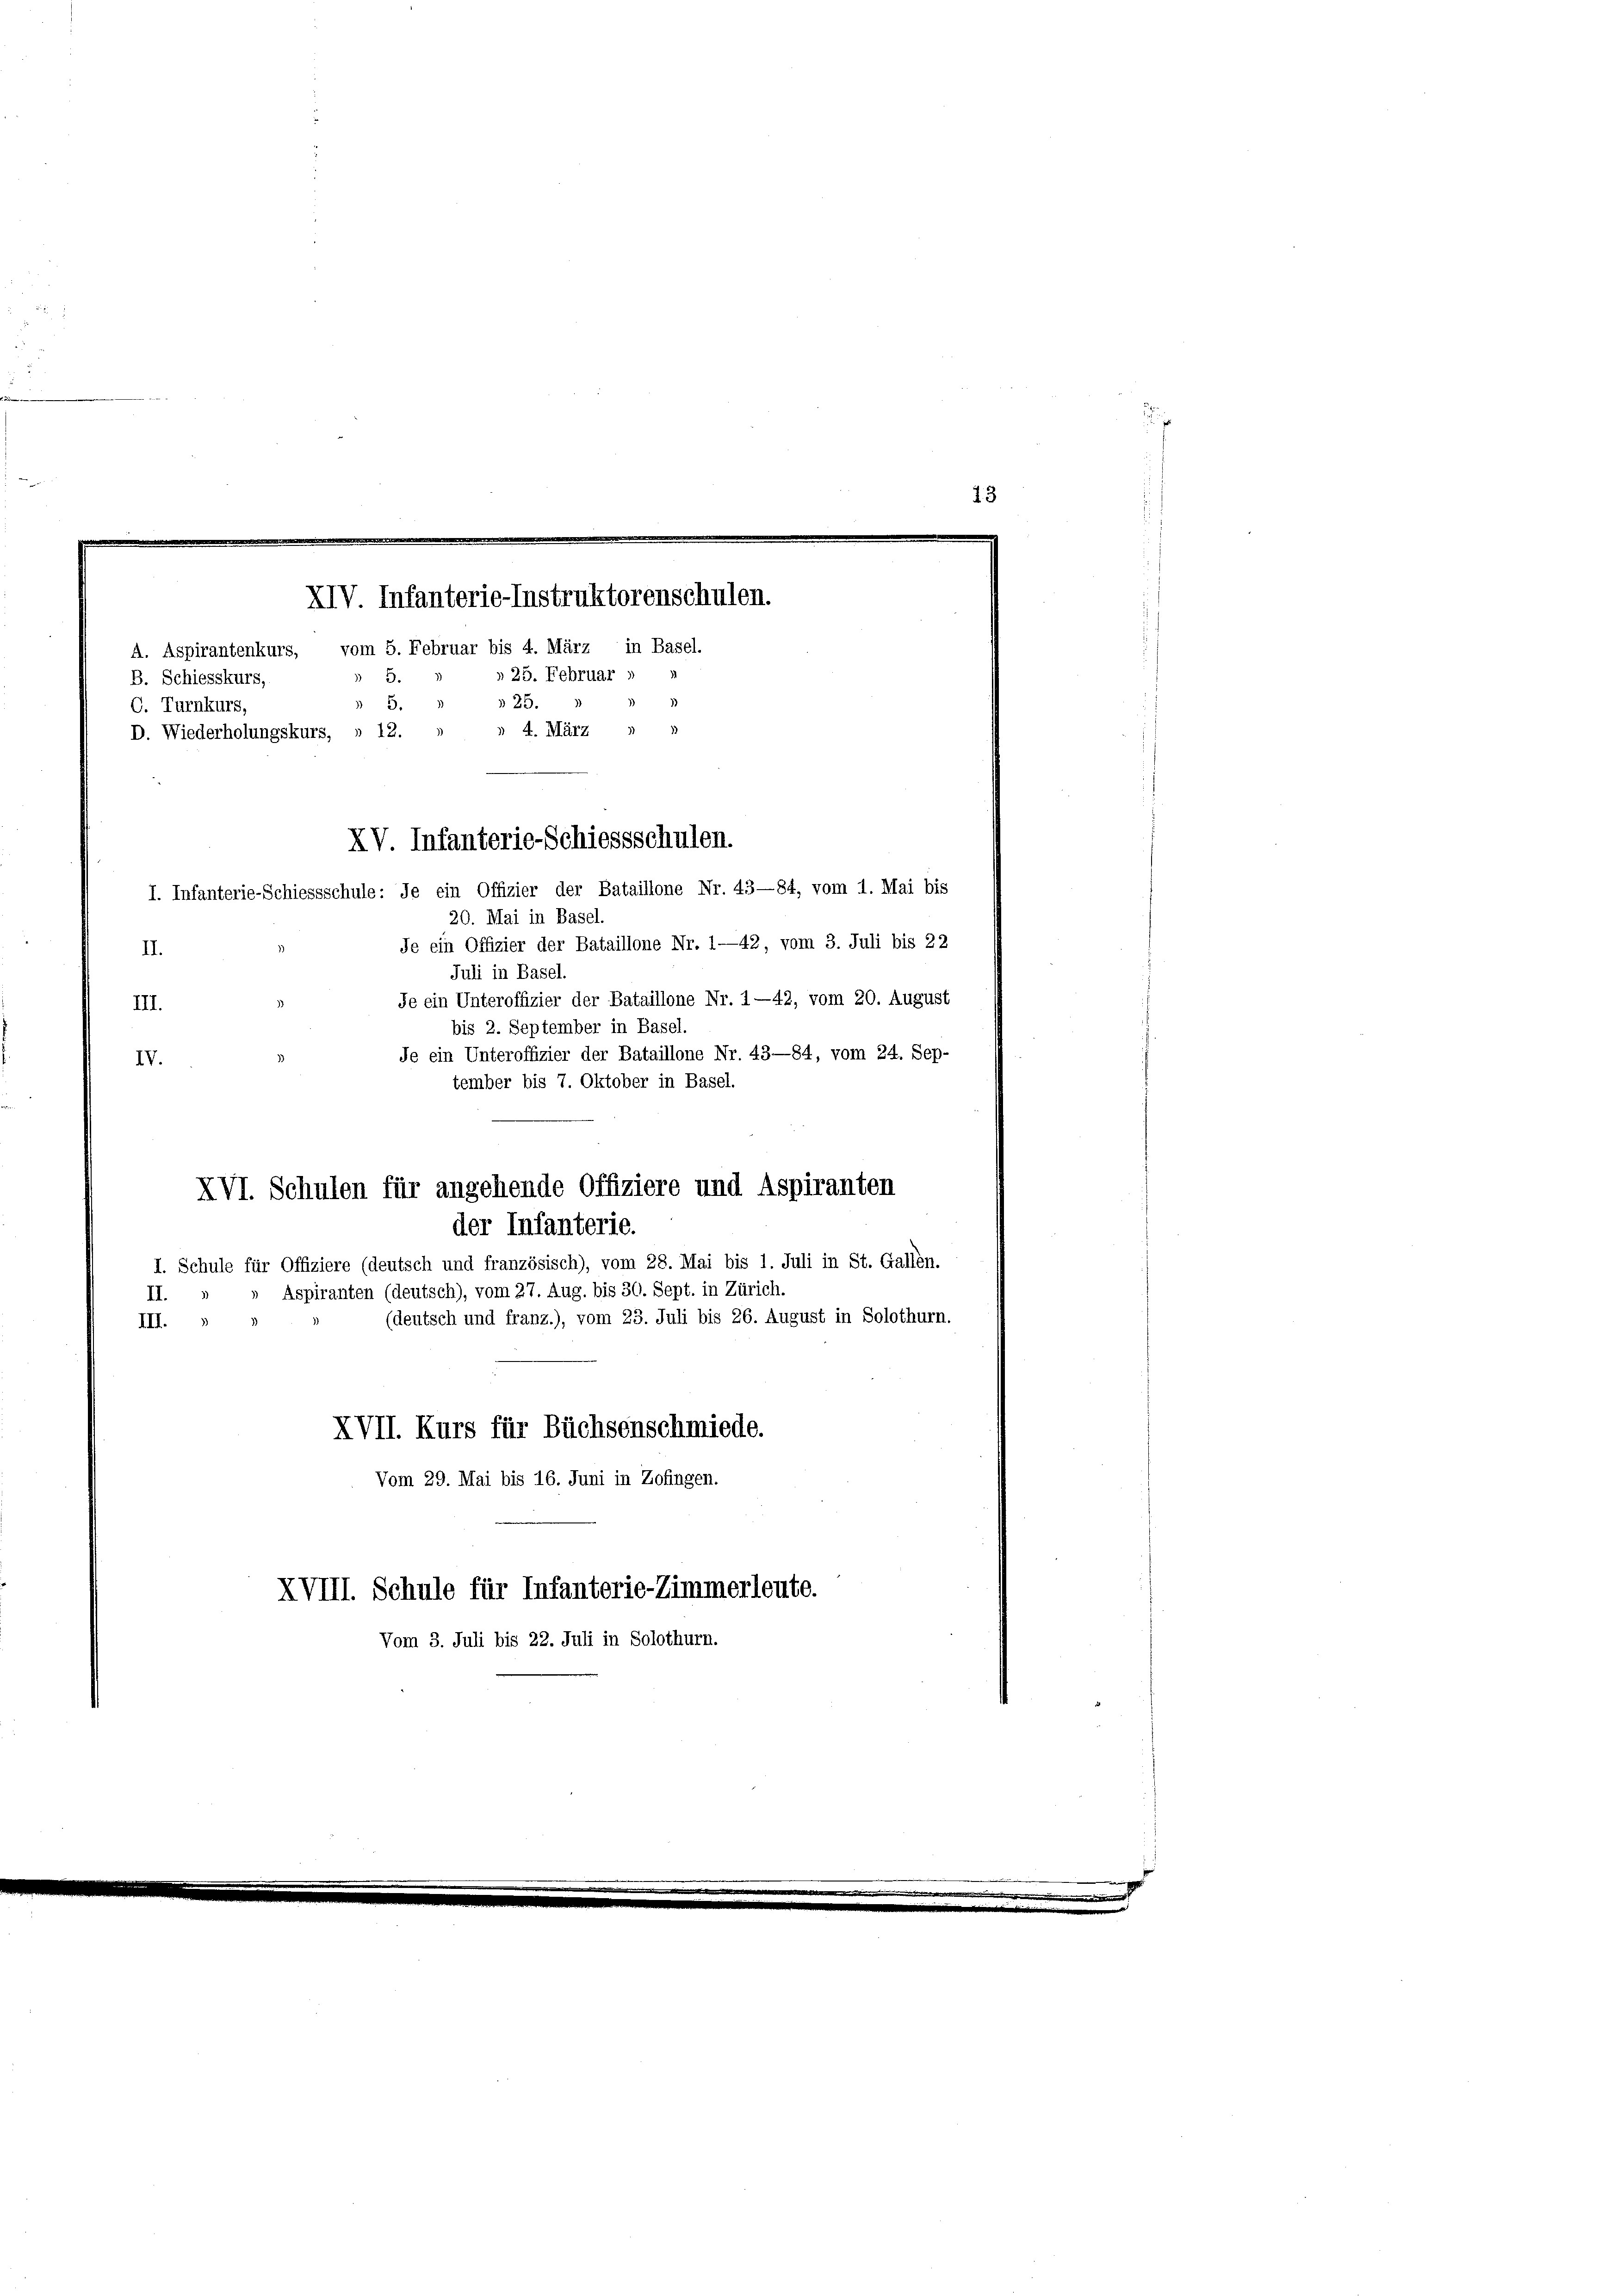
C. Turnkurs,
I. Infanterie-Schiessschule: Je ein Offizier der Bataillone Nr. 43—84, vom 1. Mai bis
20. Mai in Basel.
Je ein Offizier der Bataillone Nr. 1—42, vom 3. Juli bis 22
II.
Juli in Basel.
Je ein Unteroffizier der Bataillone Nr. 1—42, vom 20. August
III.
bis 2. September in Basel.
Je ein Unteroffizier der Bataillone Nr. 43—84, vom 24. Sep-
IV.
tember bis 7. Oktober in Basel.
XVI. Schulen für angehende Offiziere und Aspiranten
der Infanterie.
I. Schule für Offiziere (deutsch und französisch), vom 28. Mai bis 1. Juli in St. Gallen.
Aspiranten (deutsch), vom 27. Aug. bis 30. Sept. in Zürich.
II.
(deutsch und franz.), vom 23. Juli bis 26. August in Solothurn.
III.
XVII. Kurs für Büchsenschmiede.
Vom 29. Mai bis 16. Juni in Zofingen.
XVIII. Schule für Infanterie-Zimmerleute.
Vom 3. Juli bis 22. Juli in Solothurn.

B. Schiesskurs,
D. Wiederholungskurs, » 12.
XV. Infanterie-Schiessschulen.

XIV. Infanterie-Instruktorenschulen.
A. Aspirantenkurs, vom 5. Februar bis 4. März in Basel.
» 25. Februar 1
5.
d
n 5. " 125.
n 4. März 18

15